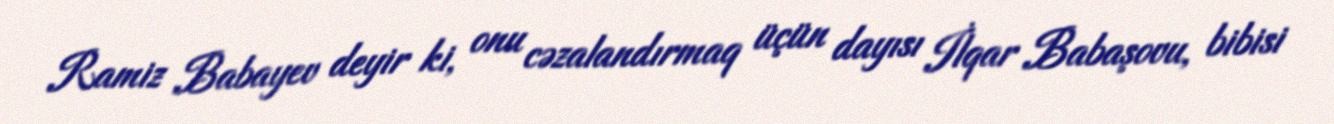
Ramiz Babayev deyir ki, onu cəzalandırmaq üçün dayısı İlqar Babaşovu, bibisi